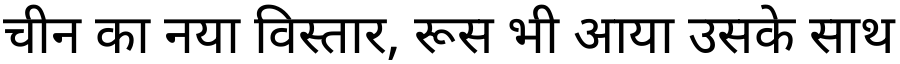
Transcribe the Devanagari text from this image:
चीन का नया विस्तार, रूस भी आया उसके साथ